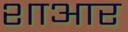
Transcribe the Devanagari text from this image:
शाआर